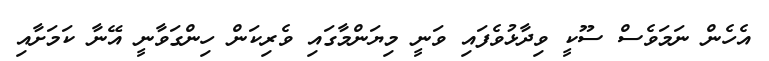
އެހެން ނަމަވެސް ސޫކީ ވިދާޅުވެފައި ވަނީ މިޔަންމާގައި ވެރިކަން ހިންގަވާނީ އޭނާ ކަމަށާއި